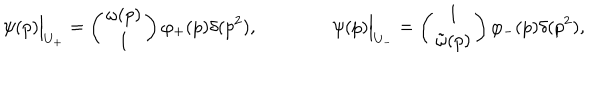
\psi ( p ) \Bigr | _ { U _ { + } } = \left( \begin{matrix} { { \omega ( p ) } } \\ { { 1 } } \\ \end{matrix} \right) \varphi _ { + } ( p ) \delta ( p ^ { 2 } ) , \qquad \qquad \psi ( p ) \Bigr | _ { U _ { - } } = \left( \begin{matrix} { { 1 } } \\ { { \tilde { \omega } ( p ) } } \\ \end{matrix} \right) \varphi _ { - } ( p ) \delta ( p ^ { 2 } ) ,